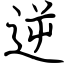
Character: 逆